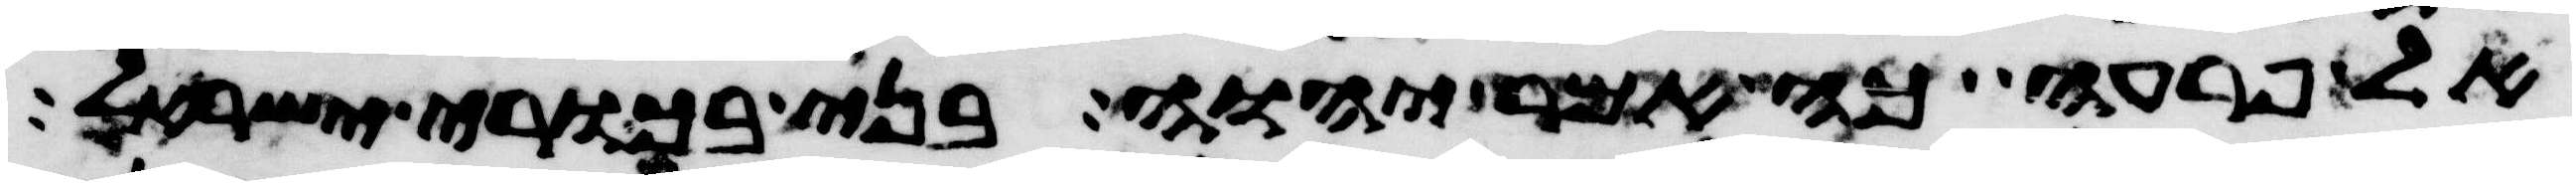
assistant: אל פרעה כה אמר יהוה בני בכורי ישראל